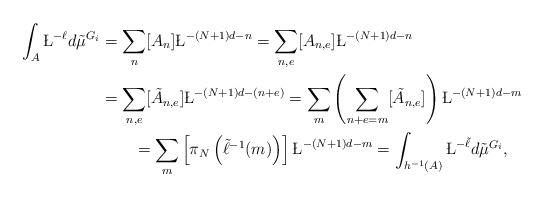
LaTeX: \begin{align*}\int_A\L^{-\ell}d\tilde\mu^{G_i} &=\sum_{n}[A_n]\L^{-(N+1)d-n}=\sum_{n,e}[A_{n,e}]\L^{-(N+1)d-n}\\&=\sum_{n,e}[\tilde{A}_{n,e}]\L^{-(N+1)d-(n+e)}=\sum_{m}\left(\sum_{n+e=m}[\tilde{A}_{n,e}]\right)\L^{-(N+1)d-m}\\&\qquad=\sum_{m}\left[\pi_N\left(\tilde{\ell}^{-1}(m)\right)\right]\L^{-(N+1)d-m}=\int_{h^{-1}(A)}\L^{-\tilde{\ell}} d\tilde\mu^{G_i},\end{align*}